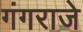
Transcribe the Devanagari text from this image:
गंगराजे